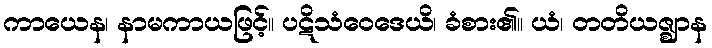
ကာယေန၊ နာမကာယဖြင့်။ ပဋိသံဝေဒေယိ၊ ခံစား၏။ ယံ၊ တတိယဇ္ဈာန